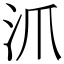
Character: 沠